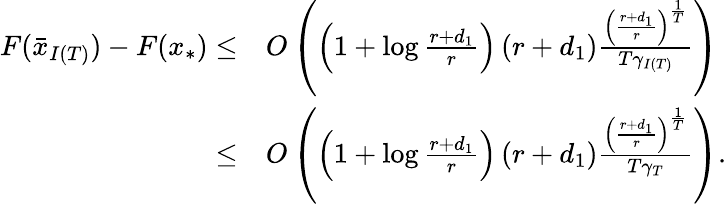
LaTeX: \begin{array}{rl}{F(\bar{x}_{I(T)})-F(x_{*})\leq}&{O\left(\left(1+\log\frac{r+d_{1}}{r}\right)\left(r+d_{1}\right)\frac{\left(\frac{r+d_{1}}{r}\right)^{\frac{1}{T}}}{T\gamma_{I(T)}}\right)}\\ {\leq}&{O\left(\left(1+\log\frac{r+d_{1}}{r}\right)\left(r+d_{1}\right)\frac{\left(\frac{r+d_{1}}{r}\right)^{\frac{1}{T}}}{T\gamma_{T}}\right).}\end{array}